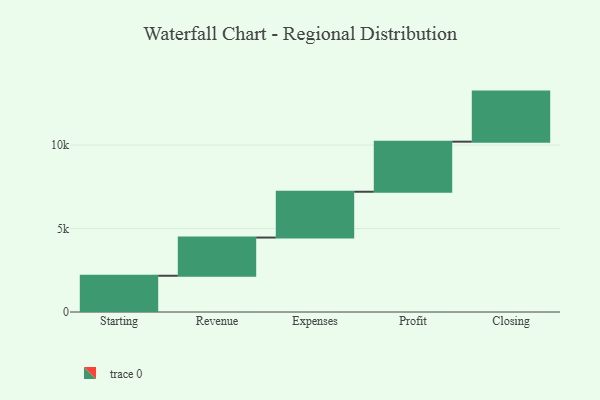
{"axis": {"x": "Step", "y": "Value"}, "legend": [""], "data": [{"x": "Starting", "y": 2172.0, "type": ""}, {"x": "Revenue", "y": 2288.0, "type": ""}, {"x": "Expenses", "y": 2745.0, "type": ""}, {"x": "Profit", "y": 3000, "type": ""}, {"x": "Closing", "y": 3000, "type": ""}]}